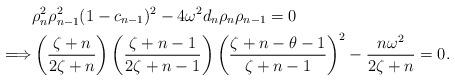
LaTeX: \begin{align*}&\rho_{n}^2\rho_{n-1}^2(1-c_{n-1})^2-4\omega^2d_n\rho_{n}\rho_{n-1}= 0 \\\Longrightarrow & \left(\dfrac{\zeta+n}{2\zeta+n}\right) \left(\dfrac{\zeta+n-1}{2\zeta+n-1}\right) \left(\dfrac{\zeta+n-\theta-1}{\zeta+n-1}\right)^2-\dfrac{n\omega^2}{2\zeta+n}=0.\end{align*}